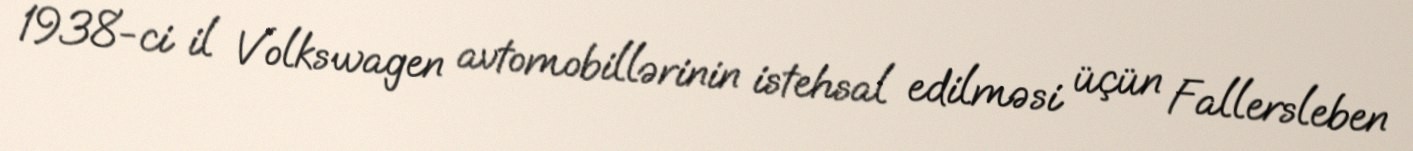
1938-ci il Volkswagen avtomobillərinin istehsal edilməsi üçün Fallersleben